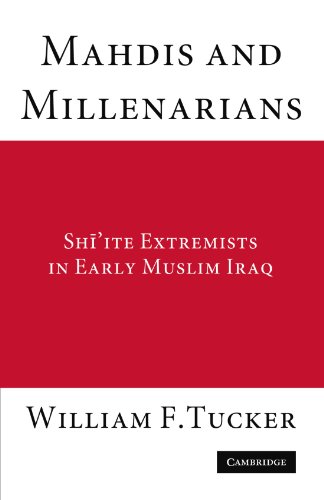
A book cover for Mahdis and Millenarians: Shiite Extremists in Early Muslim Iraq; William F. Tucker; Religion & Spirituality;